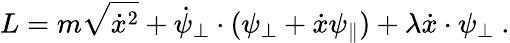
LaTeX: L=m\sqrt{\dot{x}^{2}}+\dot{\psi}_{\perp}\cdot(\psi_{\perp}+\dot{x}\psi_{\parallel})+\lambda\dot{x}\cdot\psi_{\perp}\ .